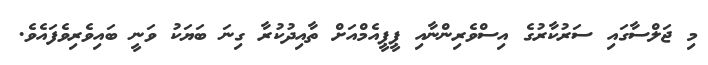
މި ޖަލްސާގައި ސަރުކާރުގެ އިސްވެރިންނާއި ޕީޕީއެމްއަށް ތާއިދުކުރާ ގިނަ ބަޔަކު ވަނީ ބައިވެރިވެފައެވެ.